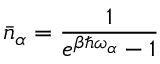
\bar { n } _ { \alpha } = \frac { 1 } { e ^ { \beta \hbar \omega _ { \alpha } } - 1 }